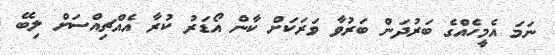
ނަމަ އެމީހެއްގެ ބަރުދަން ބަރުވާ ވަރަކަށް ކާން އޯޑަރު ކުރާ އެއްޗިއްސަށް ލިބޭ